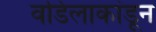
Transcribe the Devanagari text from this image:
वडिलाकांडून